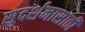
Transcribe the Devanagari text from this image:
सुदर्शनासाठी